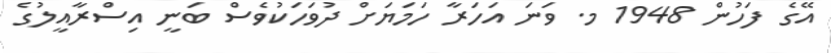
އޭގެ ފަހުން 1948 މ. ވަނަ އަހަރާ ހަމަޔަށް ދުވަހަކުވެސް ބަނީ އިސްރާއީލުގެ